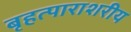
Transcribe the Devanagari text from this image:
बृहत्पाराशरीय